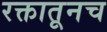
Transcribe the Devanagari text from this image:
रक्तातूनच